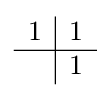
{\begin{array}{c|c}1&1\\\hline &1\\\end{array}}